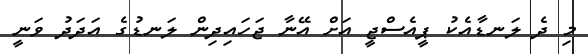
މި ދެ ލަނޑާއެކު ޕީއެސްޖީ އަށް އޭނާ ޖަހައިދިން ލަނޑުގެ އަދަދު ވަނީ